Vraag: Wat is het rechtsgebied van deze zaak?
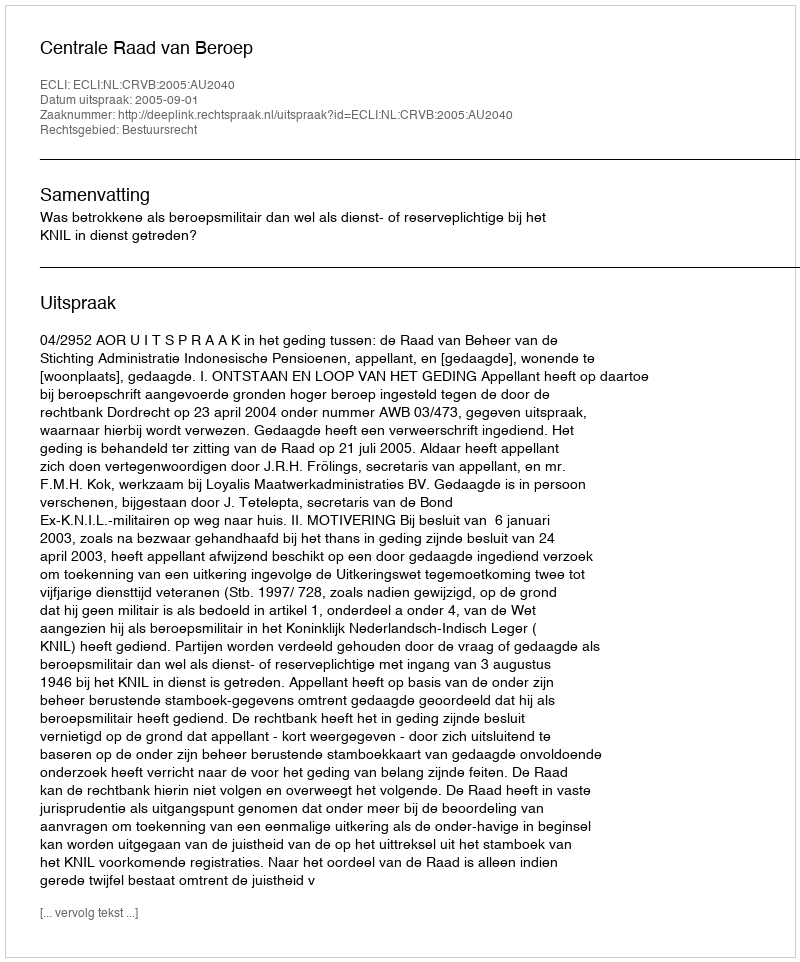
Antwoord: Bestuursrecht